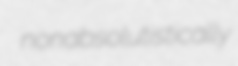
nonabsolutistically